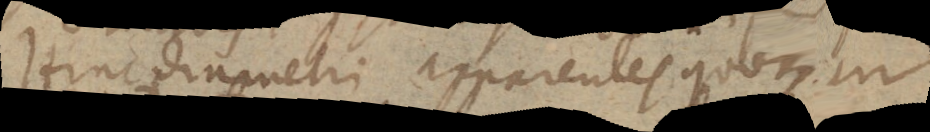
Hinc diametri apparentes quoque in